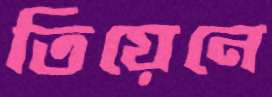
তিয়েনে